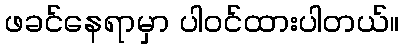
ဖခင်နေရာမှာ ပါဝင်ထားပါတယ်။